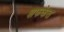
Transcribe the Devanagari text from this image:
शफकेत